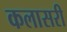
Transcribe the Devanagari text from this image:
कलासरी